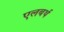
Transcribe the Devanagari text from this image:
एलबर्थ